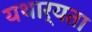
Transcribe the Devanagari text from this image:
यथार्यता